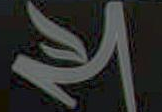
لا